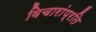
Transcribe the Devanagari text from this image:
विचारांप्रति